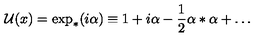
{ \cal U } ( x ) = \exp _ { * } ( i \alpha ) \equiv 1 + i \alpha - \frac { 1 } { 2 } \alpha * \alpha + \ldots